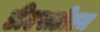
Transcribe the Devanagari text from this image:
डीएसडीएम